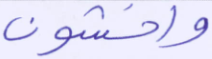
واخشون